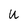
Character: U